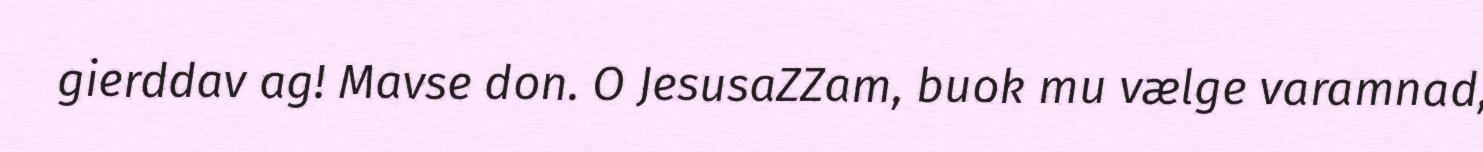
gierddav ag! Mavse don. O JesusaZZam, buok mu vælge varamnad,